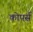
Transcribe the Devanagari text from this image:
कोपर्स